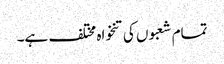
تمام شعبوں کی تنخواہ مختلف ہے۔